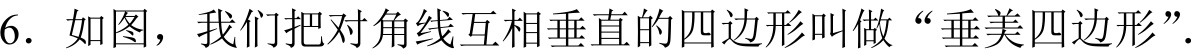
6. 如图，我们把对角线互相垂直的四边形叫做“垂美四边形”.